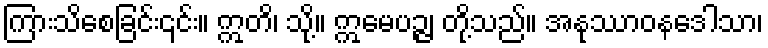
ကြားသိစေခြင်း၎င်း။ ဣတိ၊ သို့။ ဣမေပဉ္ဇ၊ တို့သည်။ အနုဿာဝနဒေါသာ၊